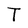
Character: T